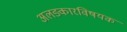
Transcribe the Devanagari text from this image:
अलङ्कारविषयक